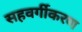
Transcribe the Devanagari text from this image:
सहवर्गीकरण